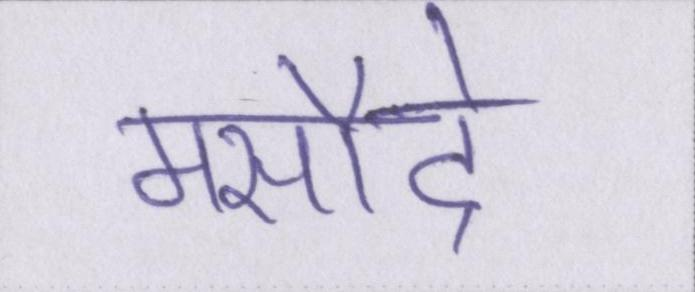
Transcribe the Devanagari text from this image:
मसौदे